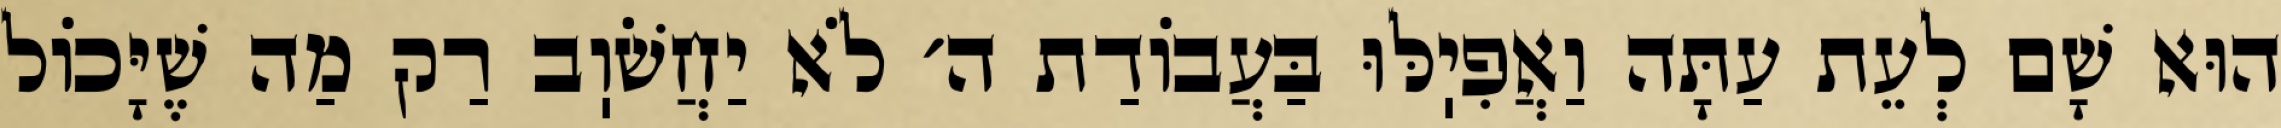
הוּא שָׁם לְעֵת עַתָּה וַאֲפִיֽלּוּ בַּעֲבוֹדַת ה׳ לֹא יַחֲשֹׁוֽב רַק מַה שֶׁיָּכוֹל